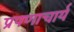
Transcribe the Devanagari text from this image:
प्रपणाचार्य